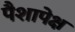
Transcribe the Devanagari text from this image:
पैशापेक्ष